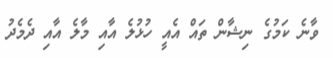
ވާނެ ކަމުގެ ނިޝާން ތައް އެއީ ހުޅުލެ އާއި މާލެ އާއި ދެމެދު